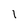
Character: I